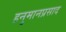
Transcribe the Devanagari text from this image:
हनुमानप्रसाद